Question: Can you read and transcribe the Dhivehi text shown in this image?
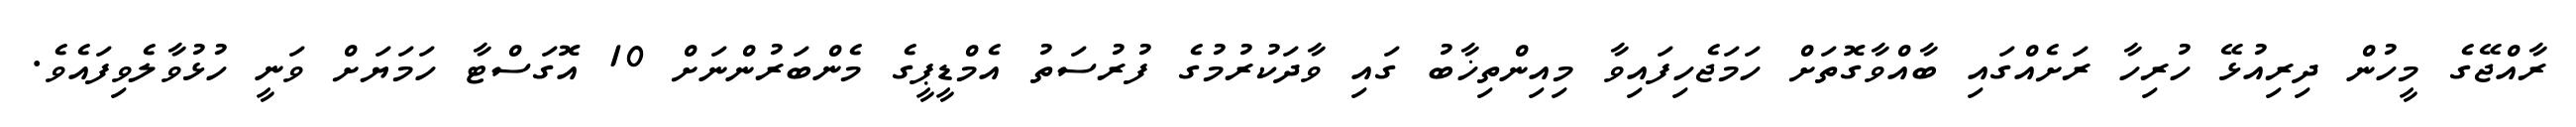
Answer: ރާއްޖޭގެ މީހުން ދިރިއުޅޭ ހުރިހާ ރަށެއްގައި ބާއްވާގޮތަށް ހަމަޖެހިފައިވާ މިއިންތިޚާބު ގައި ވާދަކުރުމުގެ ފުރުސަތު އެމްޑީޕީގެ މެންބަރުންނަށް 10 އޮގަސްޓާ ހަމަޔަށް ވަނީ ހުޅުވާލެވިފައެވެ.